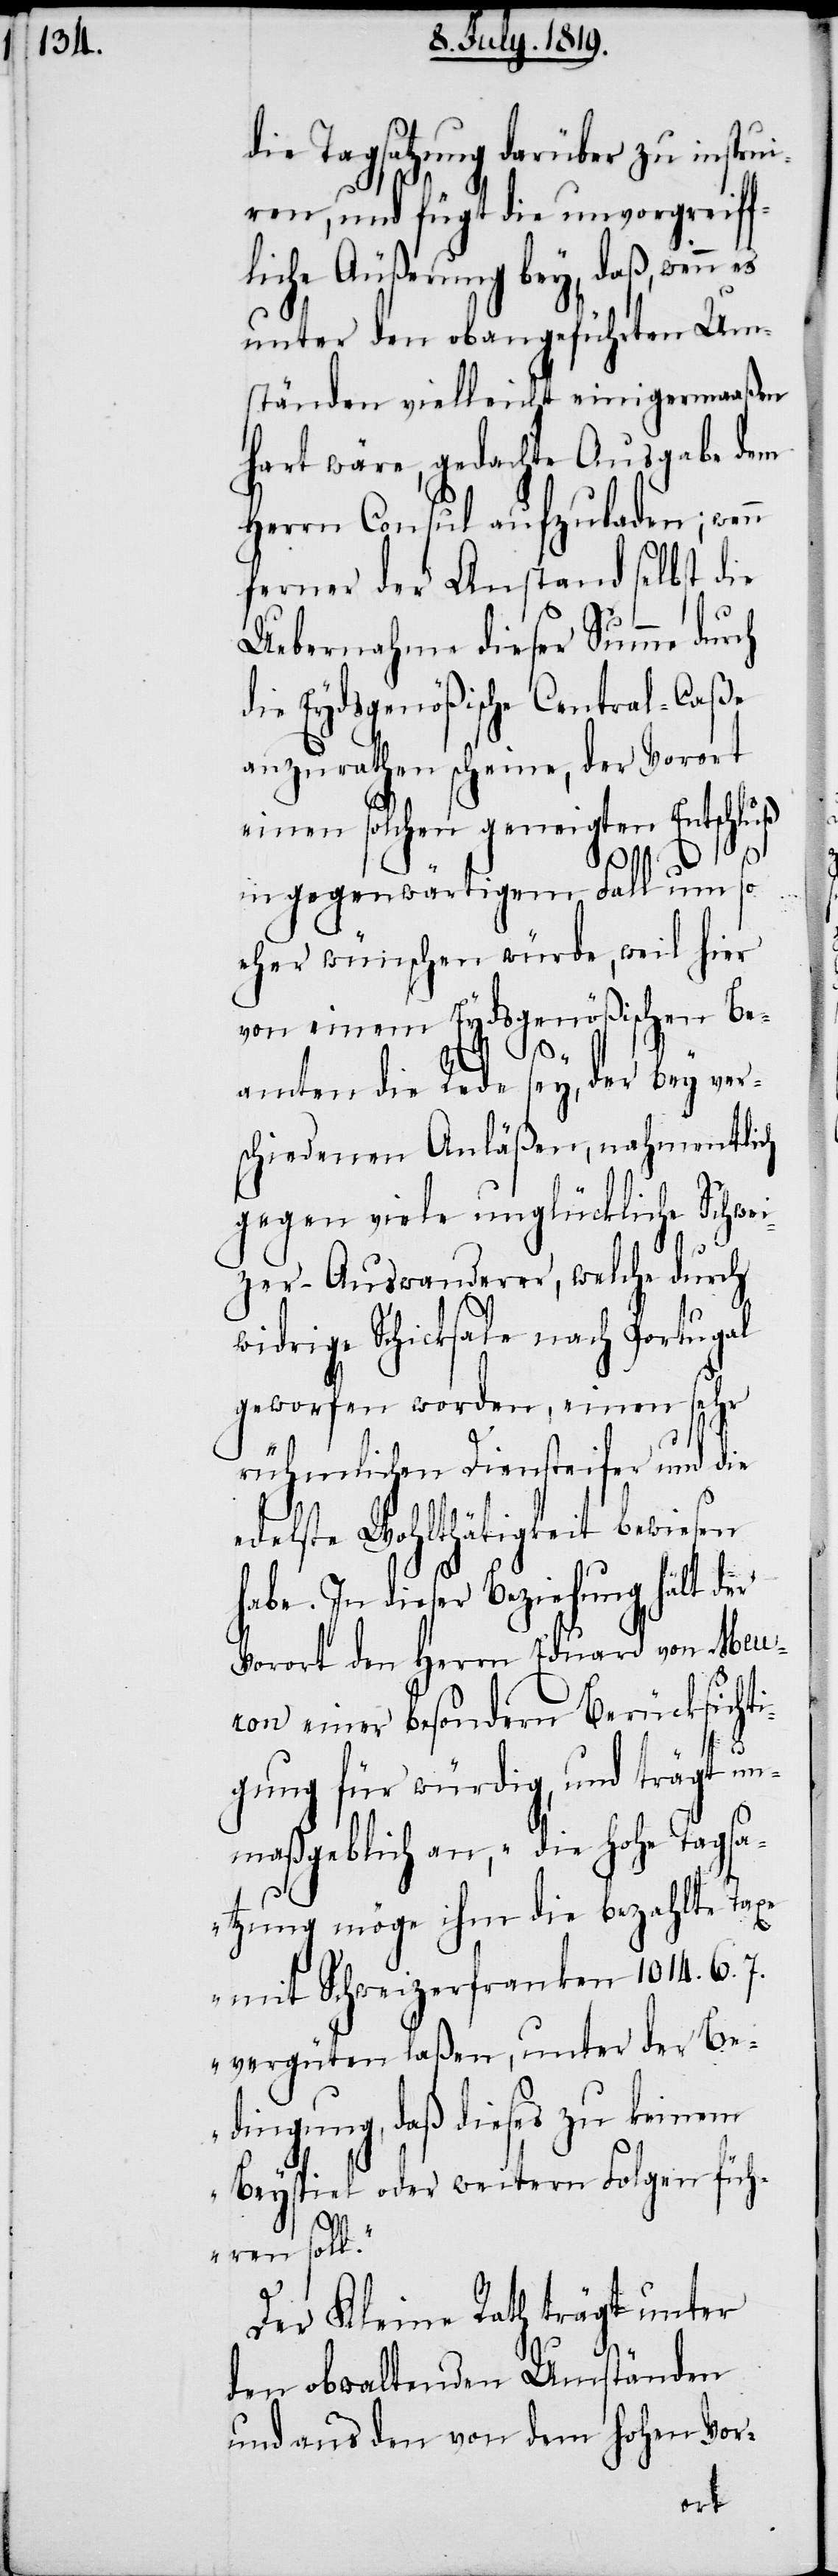
die Tagsatzung darüber zu instrui¬
ren, und fügt die unvergreiff¬
liche Äußerung bey, daß, wenn es
unter den obangeführten Um¬
ständen vielleicht einigermaaßen
hart wäre, gedachte Ausgabe dem
Herrn Consul aufzuladen; wen¬
ferner der Anstand selbst die
n
Uebernahme dieser Summe durch
die Eydsgenößische Central-Caße
anzurathen scheine, der Vorort
einen solchen geneigten Entschluß
in gegenwärtigem Fall um so
eher wünschen würde, weil hier
von einem Eydsgenößischen Be¬
ch
amten die Rede sey, der bey vers¬
chiedenen Anläßen, nahmentli¬
gegen viele unglückliche Schwei¬
zer-Auswanderer, welche durch
widrige Schicksale nach Portugal
geworfen worden, einen sehr
rühmlichen Diensteifer und die
edelste Wohltätigkeit bewiesen
habe. In dieser Beziehung hält der
Vorort den Herrn Eduard von Meur¬
on einer besondern Berücksichti¬
l.“
gung für würdig, und trägt un¬
maßgeblich an, „die hohe Tagsa¬
tzung möge ihm die bezahlte Taxe
mit Schweizerfranken 1014. 6. 7.
vergüten laßen, unter der Be¬
dingung, daß dieses zu keinem
Beyspiel oder weitern Folgen füh¬
ren sol¬
Der Kleine Rath trägt unter
den obwaltenden Umständen
und aus den von dem hohen Vor-